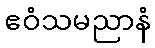
ဧဝံသမညာနံ